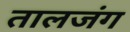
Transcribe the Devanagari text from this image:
तालजंग